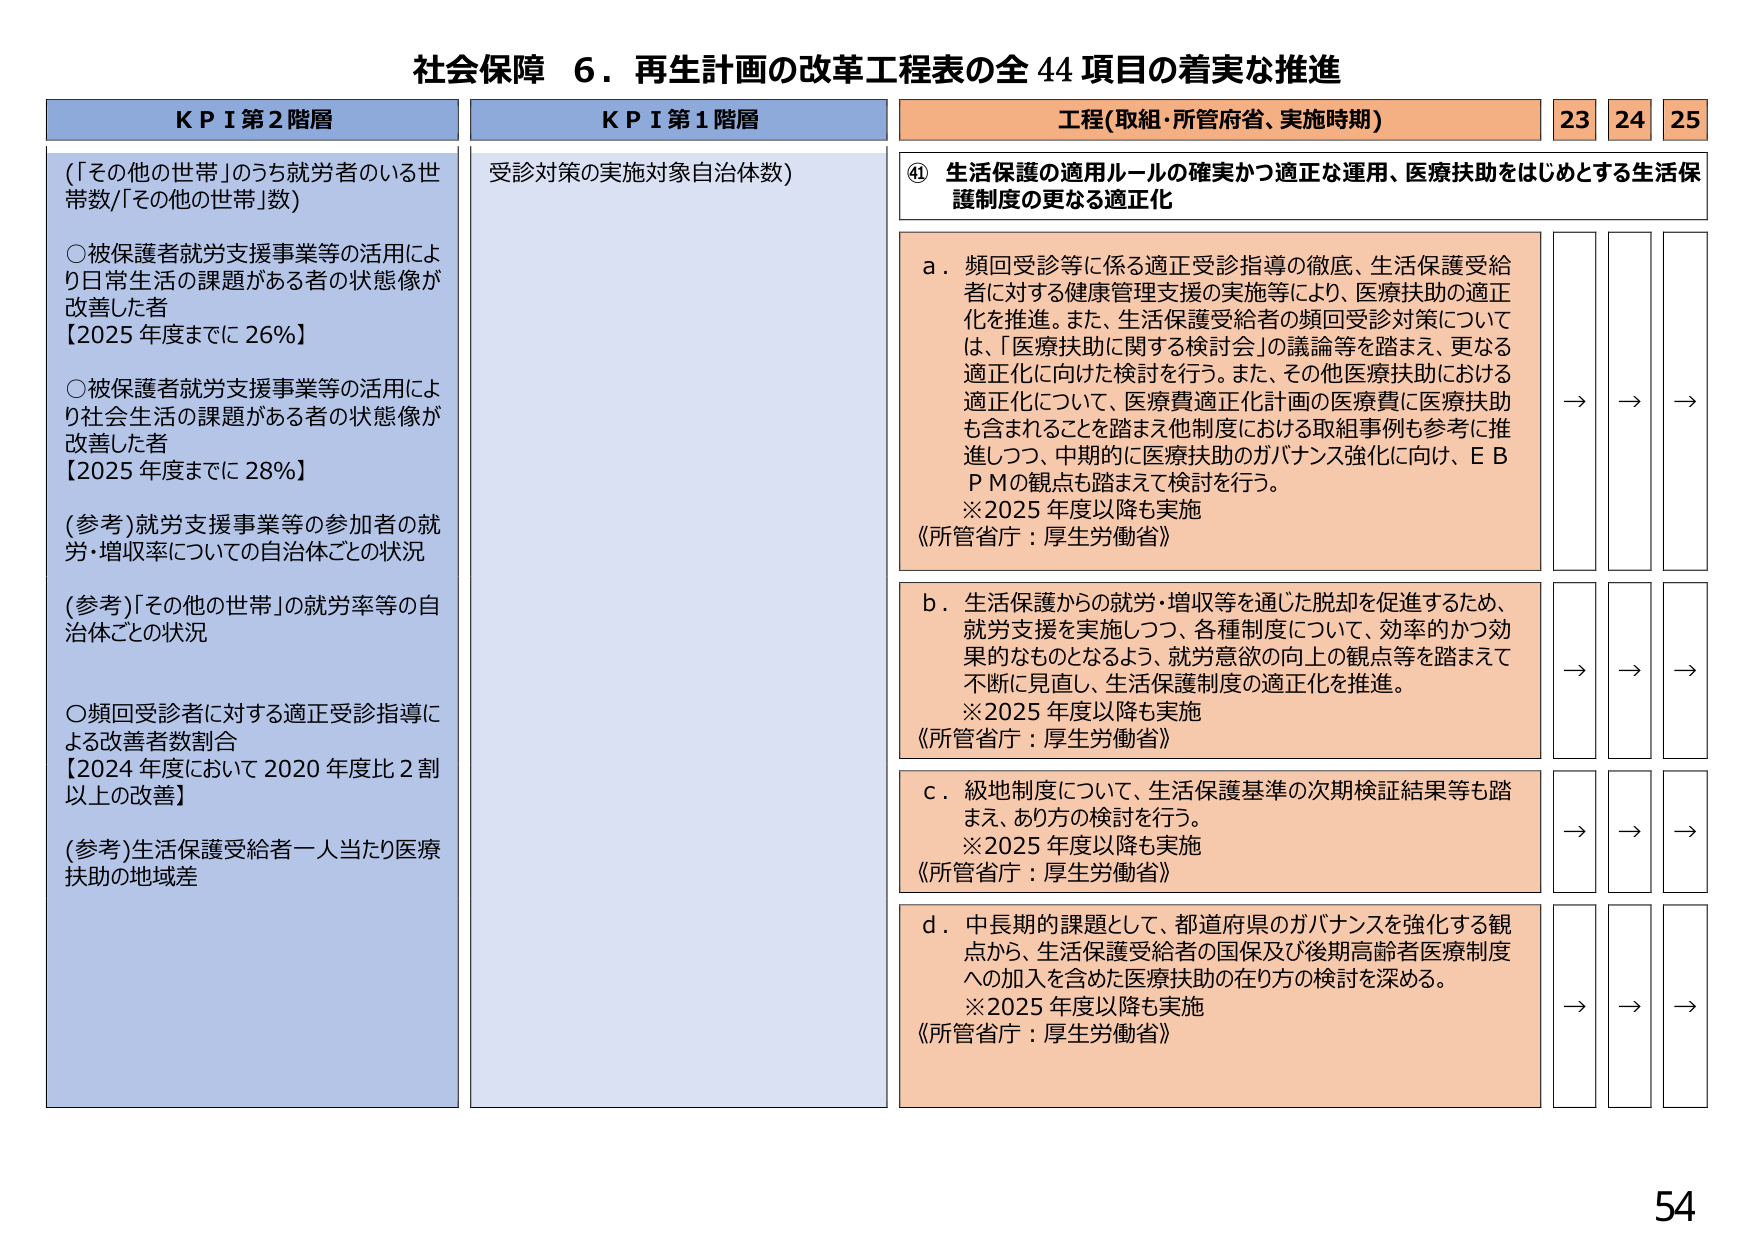
社会保障 ６．再生計画の改革工程表の全 44 項目の着実な推進

KPI 第2 階層
（「その他の世帯」のうち就労者のいる世帯数/「その他の世帯」数）
○被保護者就労支援事業等の活用により日常生活の課題がある者の状態像が改善した者
【2025 年度までに 26%】
○被保護者就労支援事業等の活用により社会生活の課題がある者の状態像が改善した者
【2025 年度までに 28%】
(参考)就労支援事業等の参加者の就労・増収率についての自治体ごとの状況
(参考)「その他の世帯」の就労率等の自治体ごとの状況
○頻回受診者に対する適正受診指導による改善者数割合
【2024 年度において 2020 年度比 2 割以上の改善】
(参考)生活保護受給者一人当たり医療扶助の地域差

KPI 第1 階層
受診対策の実施対象自治体数）

工程（取組・所管府省、実施時期）
23 24 25

④ 生活保護の適用ルールの確実かつ適正な運用、医療扶助をはじめとする生活保護制度の更なる適正化

a．頻回受診等に係る適正受診指導の徹底、生活保護受給者に対する健康管理支援の実施等により、医療扶助の適正化を推進。また、生活保護受給者の頻回受診対策については、「医療扶助に関する検討会」の議論等を踏まえ、更なる適正化に向けた検討を行う。また、その他医療扶助における適正化について、医療費適正化計画の医療費に医療扶助も含まれることを踏まえ他制度における取組事例も参考に推進しつつ、中期的に医療扶助のガバナンス強化に向け、ＥＢＰＭの観点も踏まえて検討を行う。
※2025 年度以降も実施
《所管省庁：厚生労働省》

b．生活保護からの就労・増収等を通じた脱却を促進するため、就労支援を実施しつつ、各種制度について、効率的かつ効果的なものとなるよう、就労意欲の向上の観点等を踏まえて不断に見直し、生活保護制度の適正化を推進。
※2025 年度以降も実施
《所管省庁：厚生労働省》

c．級地制度について、生活保護基準の次期検証結果等も踏まえ、あり方の検討を行う。
※2025 年度以降も実施
《所管省庁：厚生労働省》

d．中長期的課題として、都道府県のガバナンスを強化する観点から、生活保護受給者の国保及び後期高齢者医療制度への加入を含めた医療扶助の在り方の検討を深める。
※2025 年度以降も実施
《所管省庁：厚生労働省》

→ → →
→ → →
→ → →
→ → →

54